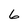
Character: 6